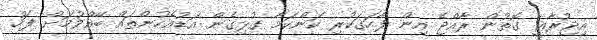
އިޖުރާޢީ ގޮތުން ރާއްޖެ އިން ފާހަގަކުރި ކަންކަމާ ގުޅިގެން އަޑުއެހުންތައް ބޭއްވުމަށް ފަހު